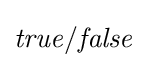
{\mathit {true}}/{\mathit {false}}